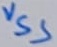
Text: VSS